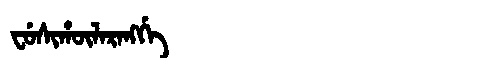
Manchu: ᠸᡠᠰᡳᡥᡡᠯᠠᡵᠠᠩᡤᡝ
Romanization: FUSIHŪLARANGGE